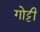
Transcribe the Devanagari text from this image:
गोट्टी